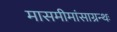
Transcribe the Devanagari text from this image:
मासमीमांसाग्रन्थः